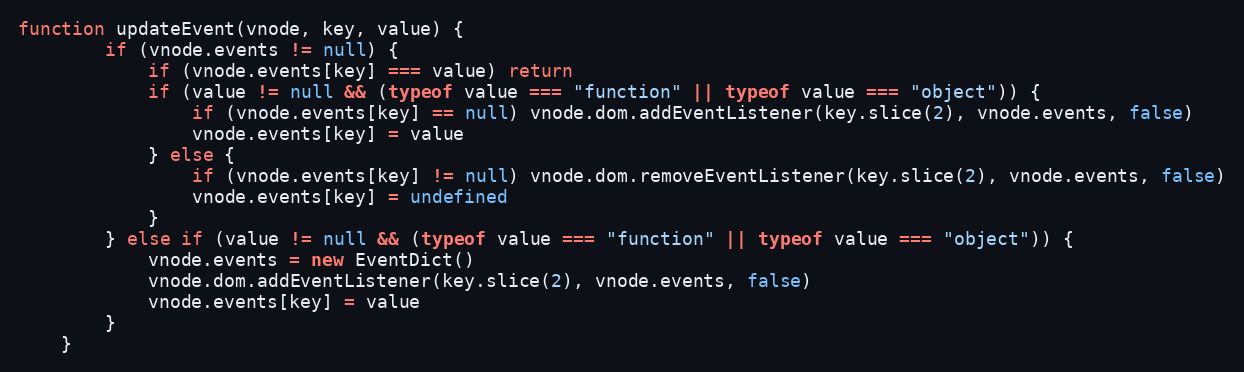
Language: JavaScript
function updateEvent(vnode, key, value) {
		if (vnode.events != null) {
			if (vnode.events[key] === value) return
			if (value != null && (typeof value === "function" || typeof value === "object")) {
				if (vnode.events[key] == null) vnode.dom.addEventListener(key.slice(2), vnode.events, false)
				vnode.events[key] = value
			} else {
				if (vnode.events[key] != null) vnode.dom.removeEventListener(key.slice(2), vnode.events, false)
				vnode.events[key] = undefined
			}
		} else if (value != null && (typeof value === "function" || typeof value === "object")) {
			vnode.events = new EventDict()
			vnode.dom.addEventListener(key.slice(2), vnode.events, false)
			vnode.events[key] = value
		}
	}